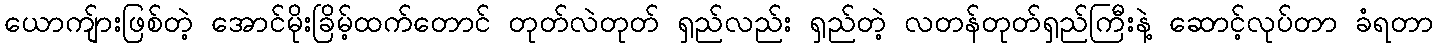
ယောကျ်ားဖြစ်တဲ့ အောင်မိုးခြိမ့်ထက်တောင် တုတ်လဲတုတ် ရှည်လည်း ရှည်တဲ့ လတန်တုတ်ရှည်ကြီးနဲ့ ဆောင့်လုပ်တာ ခံရတာ